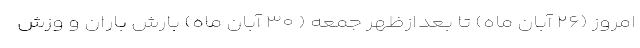
امروز (۲۶ آبان ماه) تا بعدازظهر جمعه ( ۳۰ آبان ماه) بارش باران و وزش